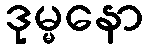
ဒုမ္မနော